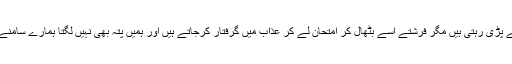
یہاں بٹھالنا بھی غیرحسی ہے،مردے خانہ میں کافر کی لاشیں ہمارے سامنے پڑی رہتی ہیں مگر فرشتے اسے بٹھال کر امتحان لے کر عذاب میں گرفتار کرجاتے ہیں اور ہمیں پتہ بھی نہیں لگتا ہمارے سامنے سونے والا بدخوابی میں تکلیف پارہا ہے گھبرا رہا ہے مگر ہمیں خبر نہیں۔